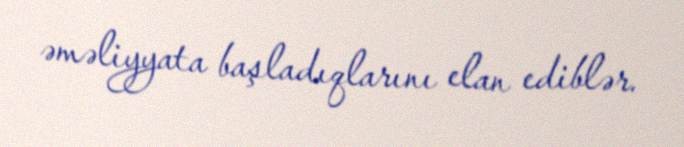
əməliyyata başladıqlarını elan ediblər.